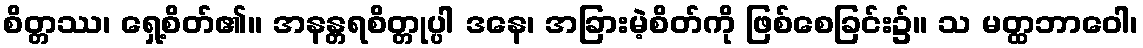
စိတ္တဿ၊ ရှေ့စိတ်၏။ အနန္တရစိတ္တုပ္ပါ ဒနေ၊ အခြားမဲ့စိတ်ကို ဖြစ်စေခြင်း၌။ သ မတ္ထဘာဝေါ၊